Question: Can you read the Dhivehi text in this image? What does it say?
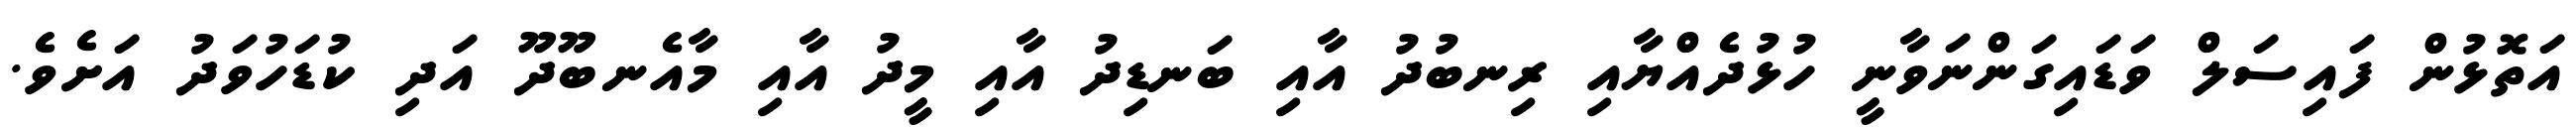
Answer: އަތޮޅުން ފައިސަލް ވަޑައިގަންނަވާނީ ހުޅުދެއްޔާއި ރިނބުދު އާއި ބަނޑިދު އާއި މީދު އާއި މާއެނބޫދޫ އަދި ކުޑަހުވަދު އަށެވެ.